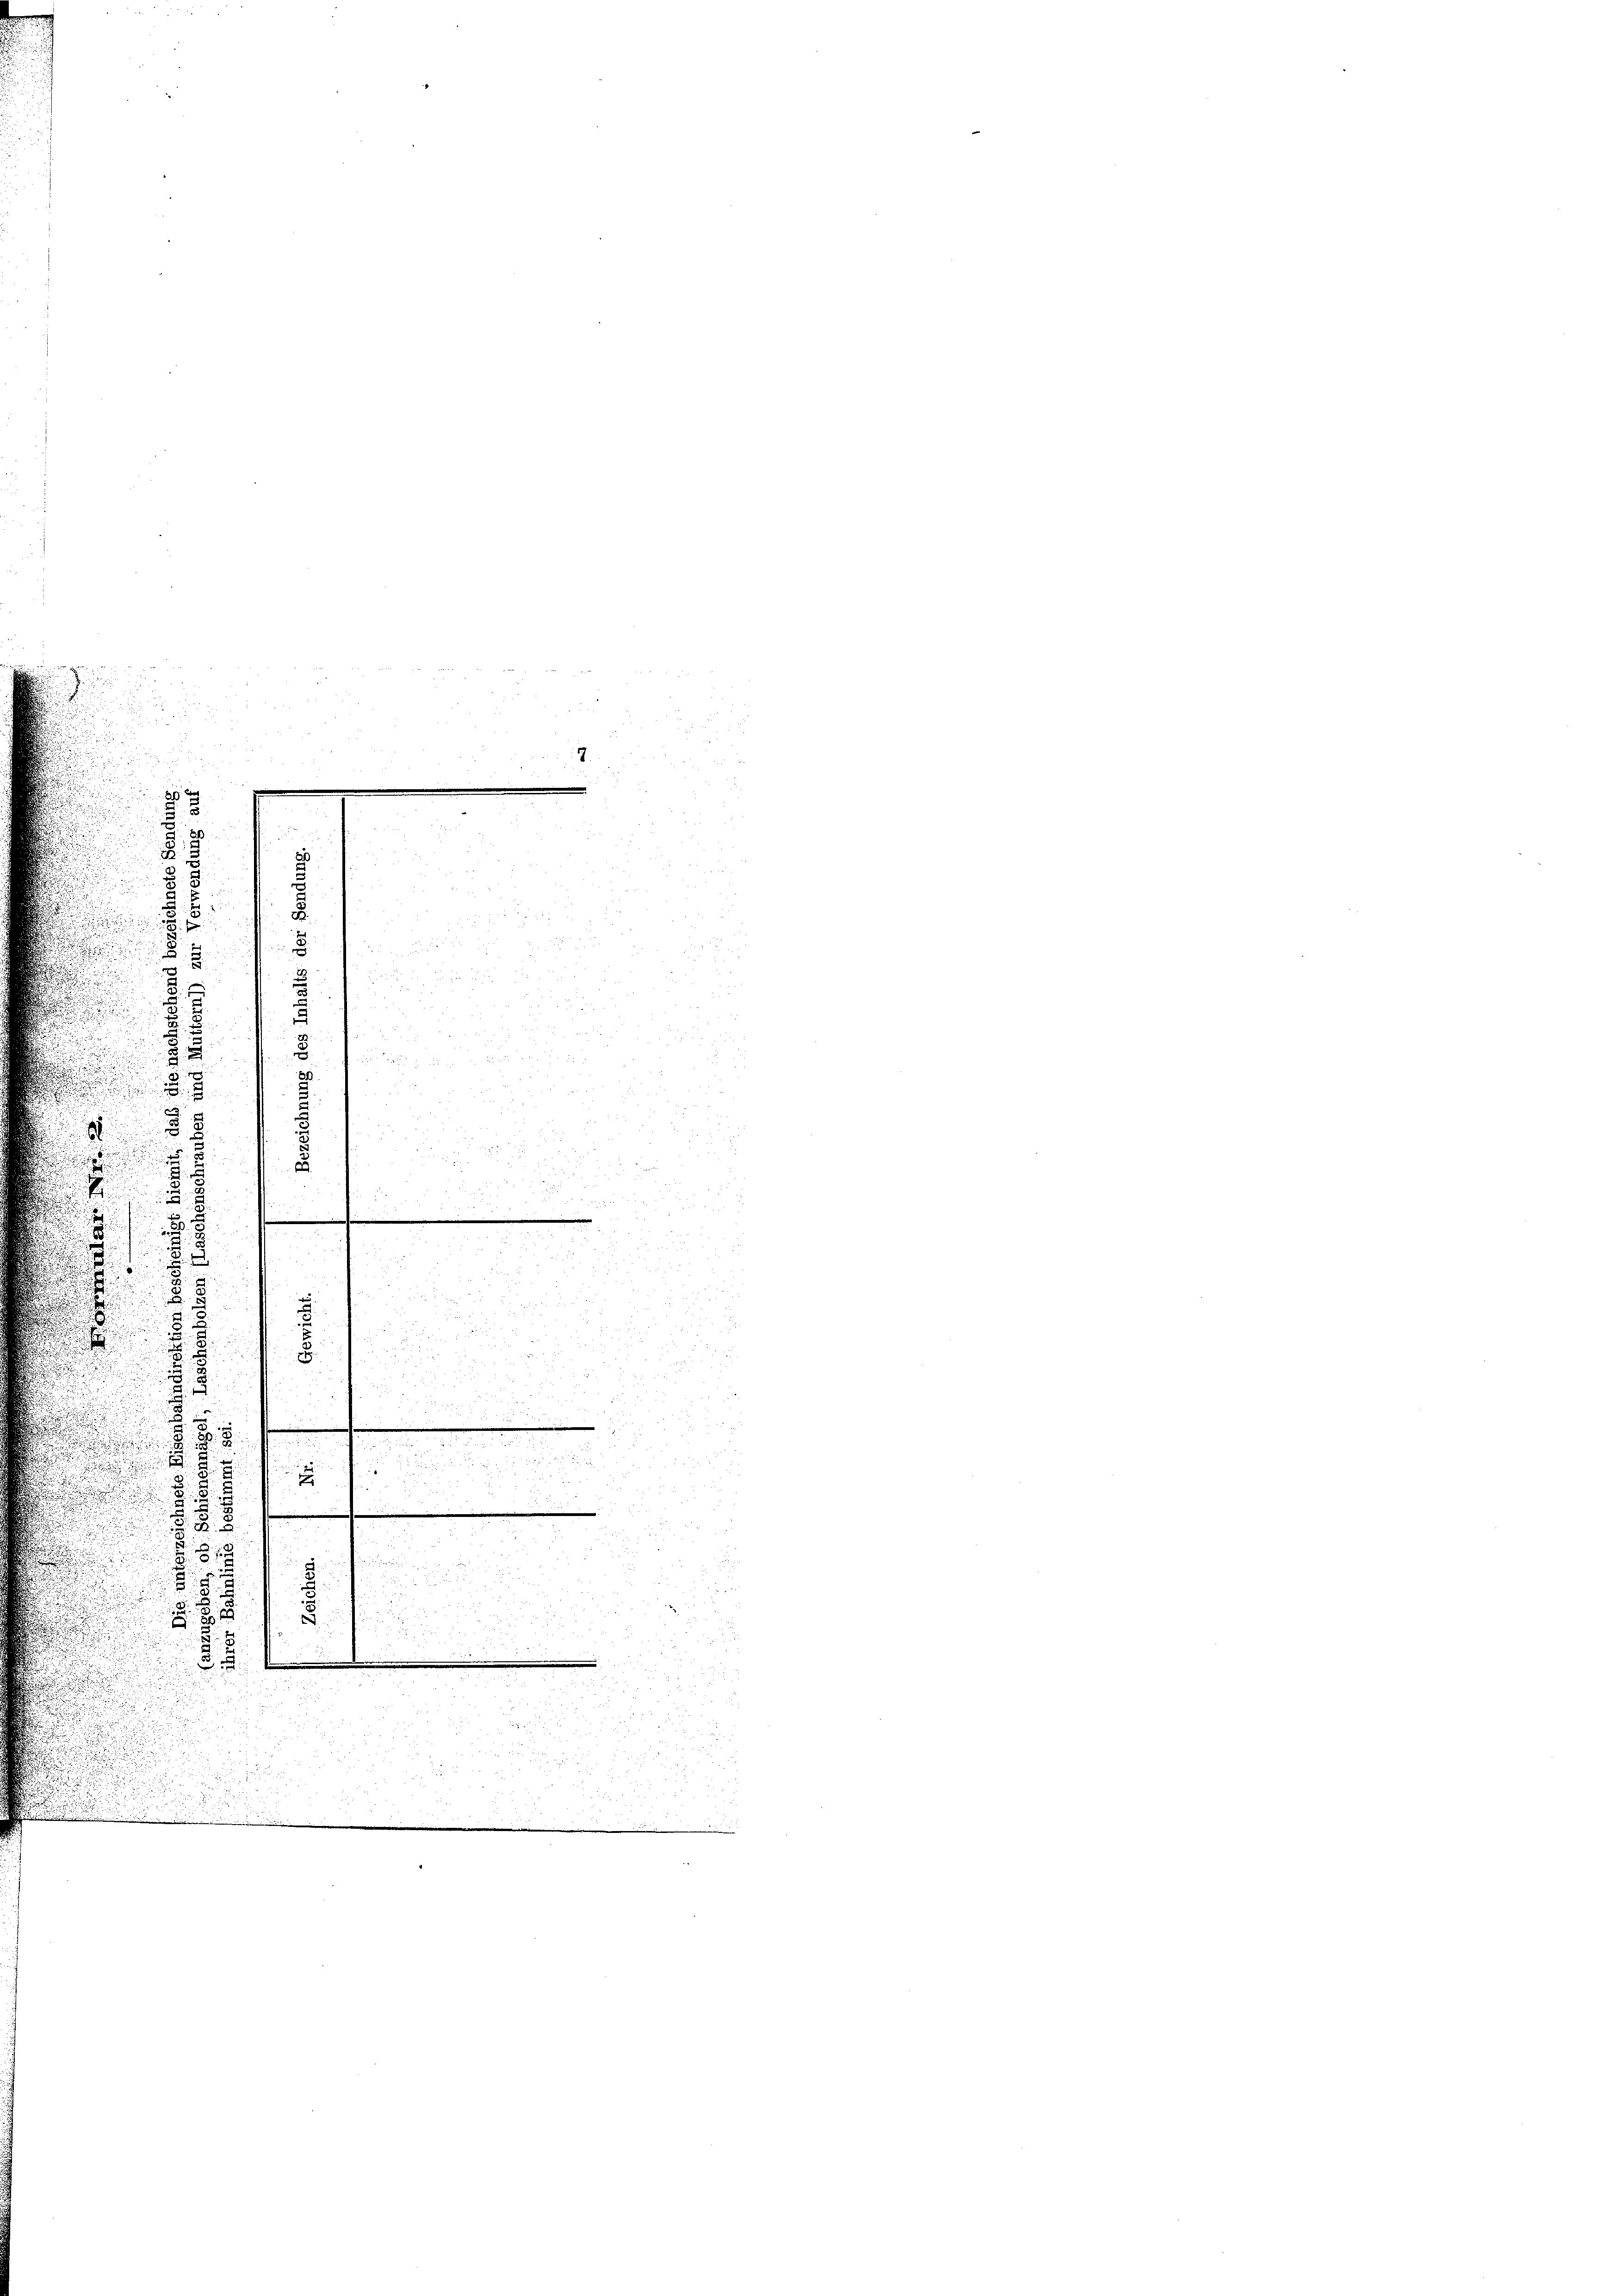
x

2

8

.
n
.

e
E

.

.

.
8

8
.

u
3

n

¬
u

e

3

d
5
e

e

32
 2
 x

xx

u